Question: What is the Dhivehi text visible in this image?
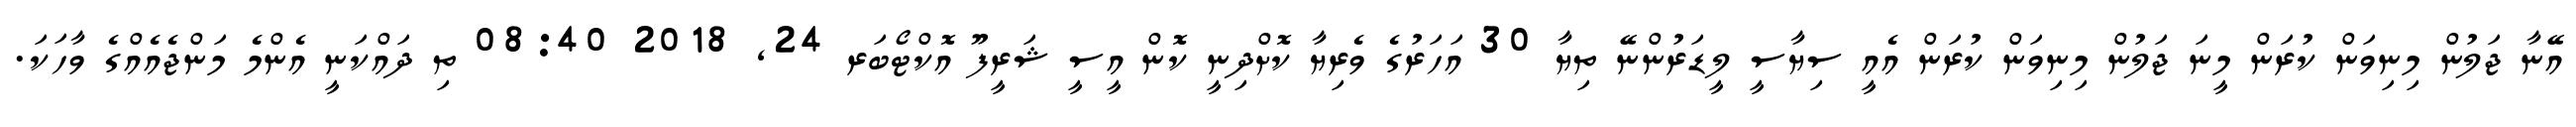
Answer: އޭނާ ޖަލުން މިނިވަން ކުރަން މީނަ ޖަލުން މިނިވަން ކުރަން އެއީ ސިޔާސީ ލީޑަރުންނޭ ތިޔާ 30 އަހަރުގެ ވެރިޔާ ކޮށްދިނީ ކޮން އީސީ ޝަރީފޫ އޮކްޓޯބަރ 24, 2018 08:40 ތި ދައްކަނީ އެންމެ މަންޖެއެއްގެ ވާހަކަ.